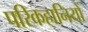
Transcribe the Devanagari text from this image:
परिकहानियों